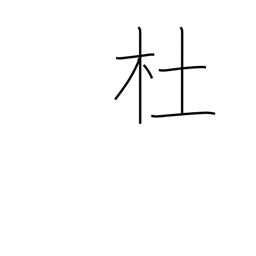
Meaning: grove